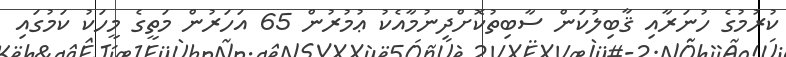
ކުރުމުގެ ހުނަރާއި ޤާބިލުކަން ސާބިތުކޮށްދިނުމާއެކު ޢުމުރުން 65 އަހަރުން މަތީގެ މީހަކު ކަމުގައި